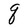
Character: q